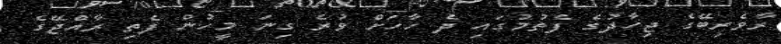
ރާވެރިބޭގެ ޖިހާދުގެ ފެތުމުގައި ދެ ހާހަށް ވުރެ ގިނަ މީހުން ފެތި ރާއްޖޭގެ